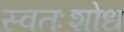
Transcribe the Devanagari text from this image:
स्वतःशोध